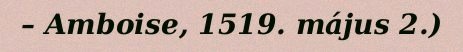
– Amboise, 1519. május 2.)